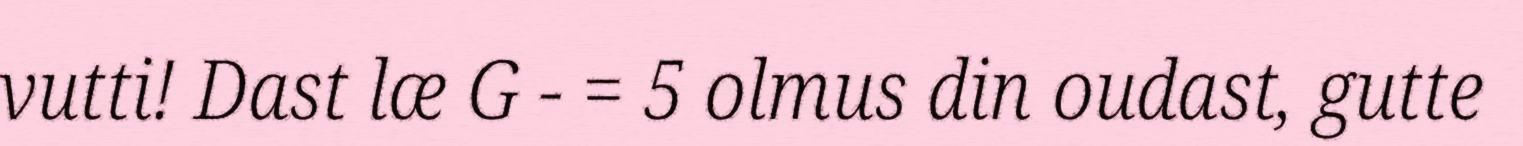
vutti! Dast læ G - = 5 olmus din oudast, gutte